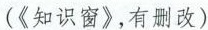
(《知识窗》，有删改)